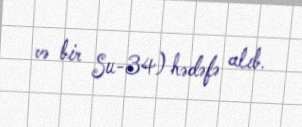
və bir Su-34) hədəfə alıb.